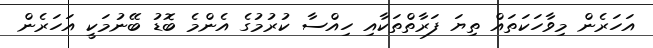
އަހަރެން މިވާހަކަތައް ތިޔަ ފަރާތްތަކާއި ހިއްސާ ކުރުމުގެ އެންމެ ބޮޑު ބޭނުމަކީ އަހަރެން